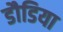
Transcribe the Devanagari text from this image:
डौडिया